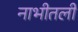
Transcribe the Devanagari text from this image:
नाभीतली